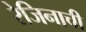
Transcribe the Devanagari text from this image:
रेजिनाची